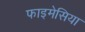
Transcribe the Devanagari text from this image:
फाइमेसिया